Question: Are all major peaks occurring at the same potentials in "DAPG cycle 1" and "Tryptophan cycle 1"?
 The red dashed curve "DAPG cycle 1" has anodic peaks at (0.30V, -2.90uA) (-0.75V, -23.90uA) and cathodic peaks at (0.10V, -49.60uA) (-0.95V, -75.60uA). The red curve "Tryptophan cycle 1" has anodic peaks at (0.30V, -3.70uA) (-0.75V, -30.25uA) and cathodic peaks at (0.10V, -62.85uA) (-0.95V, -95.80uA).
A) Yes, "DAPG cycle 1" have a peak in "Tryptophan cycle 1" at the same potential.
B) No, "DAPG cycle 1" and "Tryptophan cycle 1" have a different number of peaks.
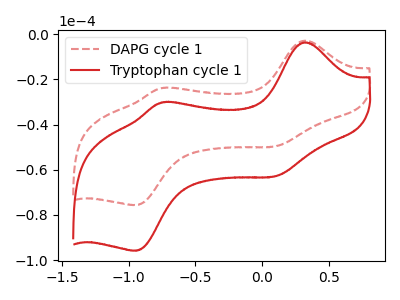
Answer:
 <answer>A) Yes, "DAPG cycle 1" have a peak in "Tryptophan cycle 1" at the same potential.</answer>
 <eval>A</eval>